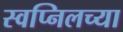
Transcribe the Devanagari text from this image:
स्वप्निलच्या